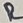
Text: R